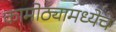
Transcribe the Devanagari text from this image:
कामोठ्यामध्येच